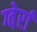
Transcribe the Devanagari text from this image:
ग्वेर्रा